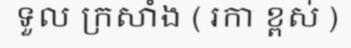
ទួល ក្រសាំង ( រកា ខ្ពស់ )